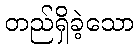
တည်ရှိခဲ့သော